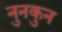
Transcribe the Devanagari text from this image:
नुनकुन